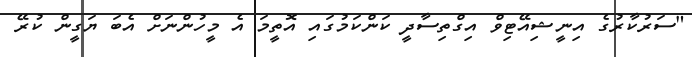
"ސަރުކާރުގެ އިނީޝިއޭޓިވް އިގްތިސާދީ ކަންކަމުގައި އޮތީމަ އެ މީހުންނަށް އެބަ ޔަގީން ކުރޭ